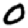
Digit: 0